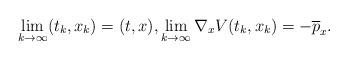
LaTeX: \begin{align*}\lim_{k\rightarrow \infty} (t_k,x_k)=(t,x), \lim_{k\rightarrow \infty} \nabla_x V(t_k,x_k)=-\overline{p}_x.\end{align*}